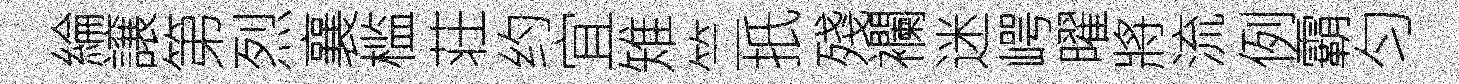
綸譲第烈襄槛荘约宜雉竺扺殘襴迷崿曜將流例霸匀